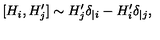
[ H _ { i } , H _ { j } ^ { \prime } ] \sim H _ { j } ^ { \prime } \delta _ { | i } - H _ { i } ^ { \prime } \delta _ { | j } ,